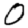
Digit: 0